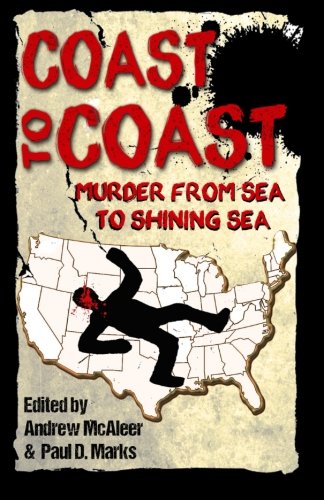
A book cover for Coast to Coast: Murder from Sea to Shining Sea; Paul D. Marks; Mystery, Thriller & Suspense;